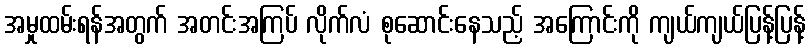
အမှုထမ်းရန်အတွက် အတင်းအကြပ် လိုက်လံ စုဆောင်းနေသည့် အကြောင်းကို ကျယ်ကျယ်ပြန့်ပြန့်